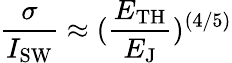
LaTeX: \frac{\sigma}{I_{\mathrm{SW}}}\approx(\frac{E_{\mathrm{TH}}}{E_{\mathrm{J}}})^{(4/5)}